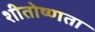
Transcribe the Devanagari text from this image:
शीतोष्णता